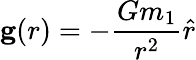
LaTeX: \mathbf{g}(r)=-{\frac{Gm_{1}}{r^{2}}}{\hat{r}}